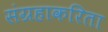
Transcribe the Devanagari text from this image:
संग्रहाकरिता